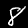
Digit: 8